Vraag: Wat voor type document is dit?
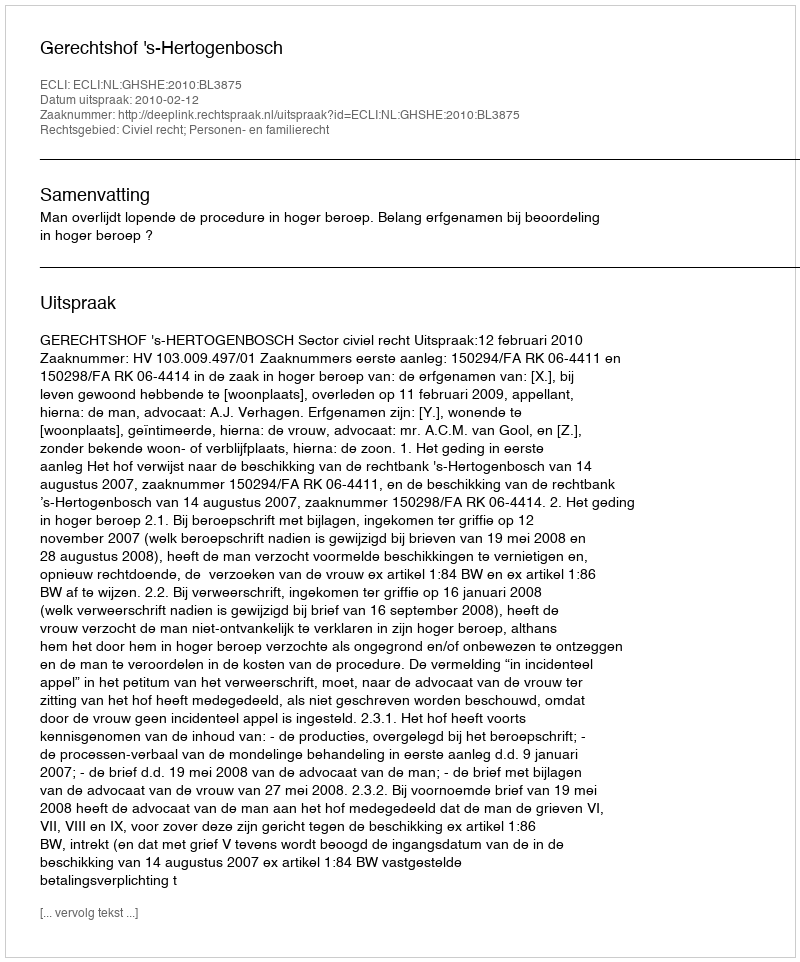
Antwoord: Uitspraak